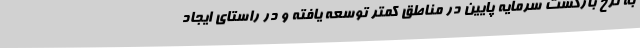
به نرخ بازگشت سرمایه پایین در مناطق کمتر توسعه یافته و در راستای ایجاد